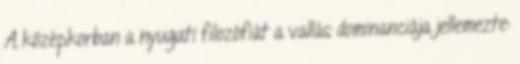
A középkorban a nyugati filozófiát a vallás dominanciája jellemezte: